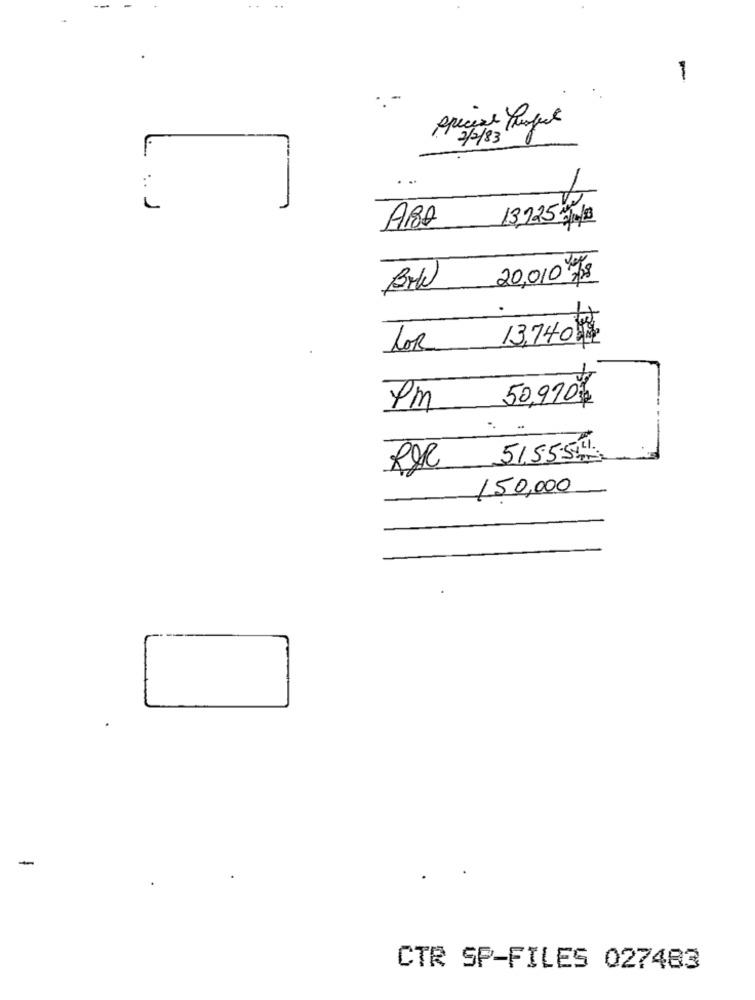
1
specest hunger
2/2/83
ABD
13,925 % of1
20,010 /18
Bok
13,740
TOR
50,970$
PM
150,000
-
CTR SP-FILES 027483